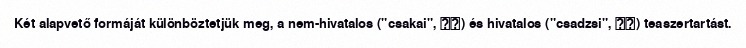
Két alapvető formáját különböztetjük meg, a nem-hivatalos ("csakai", 茶会) és hivatalos ("csadzsi", 茶事) teaszertartást.